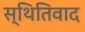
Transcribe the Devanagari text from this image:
स्थितिवाद